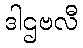
ဒါဌဗလီ